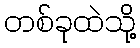
တစ်ခုထဲသို့